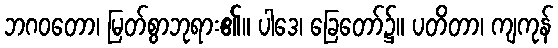
ဘဂဝတော၊ မြတ်စွာဘုရား၏။ ပါဒေ၊ ခြေတော်၌။ ပတိတာ၊ ကျကုန်